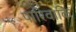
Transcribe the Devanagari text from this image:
पारिवाकि